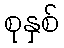
စုနှစ်